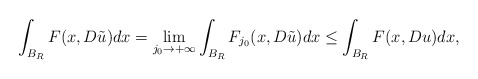
\begin{align*}\int_{B_R} F(x,D\tilde{u})dx= \lim_{j_0 \to +\infty}\int_{B_R} F_{j_0}(x,D\tilde{u})dx\leq \int_{B_R}F(x,Du)dx,\end{align*}